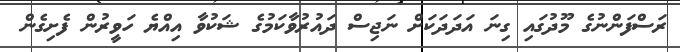
ރަސްފަންނުގެ މޫދުގައި ގިނަ އަދަދަކަށް ނަޖިސް ދައުރުވާކަމުގެ ޝަކުވާ އިއްޔެ ހަވީރުން ފެށިގެން